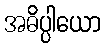
အဓိပ္ပါယော